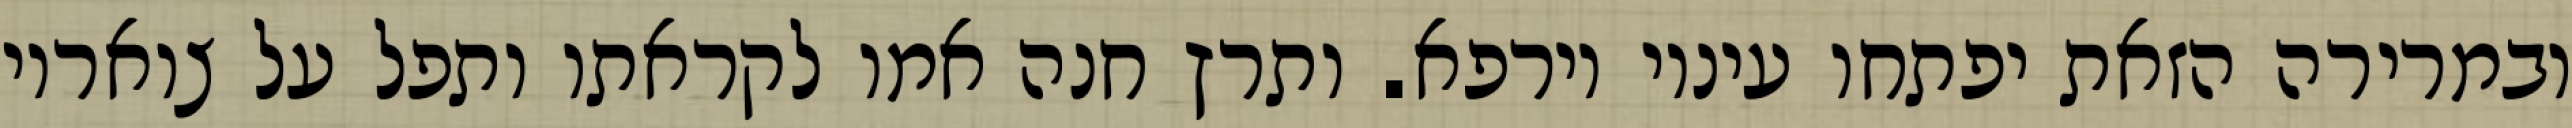
ובמרירה הזאת יפתחו עיניו וירפא. ותרץ חנה אמו לקראתו ותפל על צואריו